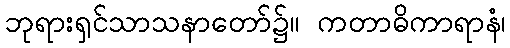
ဘုရားရှင်သာသနာတော်၌။ ကတာဓိကာရာနံ၊